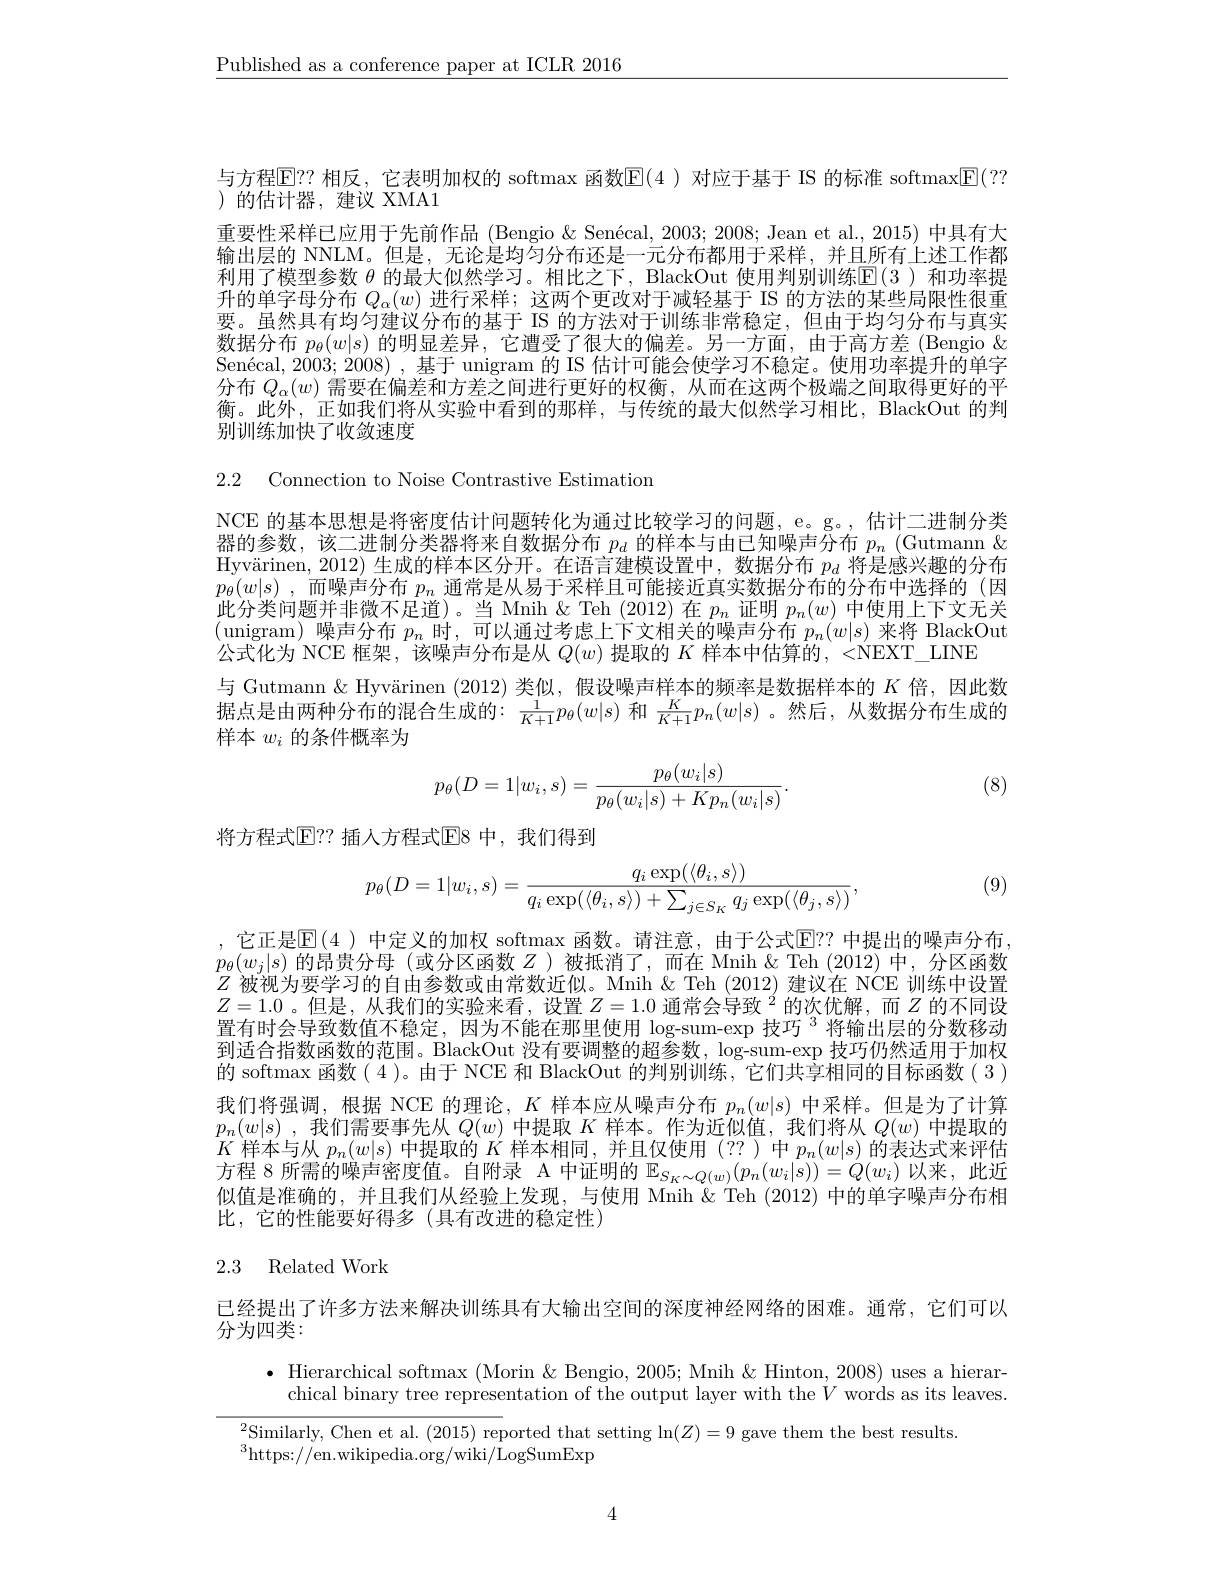
$\underline{\text{Published as a conference paper at ICLR 2016}}$

与方程$\overline{\mathrm{E}}$P? 相反，它表明加权的 softmax 函数$\underline{\mathrm{E}}(4$ )对应于基于 IS 的标准 softmax$\underline{\mathrm{E}}(??$
)的估计器，建议 XMA1
重要性采样已应用于先前作品 (Bengio & Senécal, 2003; 2008; Jean et al., 2015) 中具有大输出层的 NNLM。但是，无论是均匀分布还是一元分布都用于采样，并且所有上述工作都利用了模型参数$\theta$的最大似然学习。相比之下，BlackOut 使用判别训练$\mathbb{E}(3)$和功率提升的单字母分布$Q_\alpha(w)$进行采样；这两个更改对于减轻基于 IS 的方法的某些局限性很重要。虽然具有均匀建议分布的基于 IS 的方法对于训练非常稳定，但由于均匀分布与真实数据分布$p_\theta(w|s)$的明显差异，它遭受了很大的偏差。另一方面，由于高方差 (Bengio & Senécal, 2003;2008) , 基于 unigram 的 IS 估计可能会使学习不稳定。使用功率提升的单字分布$Q_\alpha(w)\bar{\text{需要在偏差和方差之间进行更好的权衡，从而在这两个极端之间取得更好的平}}$ 衡。此外，正如我们将从实验中看到的那样，与传统的最大似然学习相比，BlackOut 的判别训练加快了收敛速度

2.2 Connection to Noise Contrastive Estimation

NCE 的基本思想是将密度估计问题转化为通过比较学习的问题，e。g。, 估计二进制分类器的参数，该二进制分类器将来自数据分布$p_d$的样本与由已知噪声分布$p_n$ (Gutmann & Hyvärinen, 2012) 生成的样本区分开。在语言建模设置中，数据分布$p_d$将是感兴趣的分布$p_\theta(w|s)$ ,而噪声分布$p_n$通常是从易于采样且可能接近真实数据分布的分布中选择的(因为193年19月20年19月19日本的此分类问题并非微不足道)。当 Mnih $\&$ Teh (2012)在$p_n$证明$p_n(w)$中使用上下文无关(unigram)噪声分布$p_n$时，可以通过考虑上下文相关的噪声分布$p_n(w|s)$来将 BlackOut 公式化为 NCE 框架，该噪声分布是从$Q(w)$提取的$K$样本中估算的，<NEXT\_LINE
与 Gutmann & Hyvärinen (2012)类似，假设噪声样本的频率是数据样本的$K$倍，因此数据点是由两种分布的混合生成的：$\frac1{K+1}p_\theta(w|s)$和$\frac K{K+1}p_n(w|s)$ 。然后，从数据分布生成的样本$w_i$的条件概率为

(8)
$$p_\theta(D=1|w_i,s)=\frac{p_\theta(w_i|s)}{p_\theta(w_i|s)+Kp_n(w_i|s)}.$$
将方程式$\mathbb{E}$? 插人方程式$\mathbb{E}$8 中，我们得到

(9)
$$p_\theta(D=1|w_i,s)=\frac{q_i\exp(\langle\theta_i,s\rangle)}{q_i\exp(\langle\theta_i,s\rangle)+\sum_{j\in S_K}q_j\exp(\langle\theta_j,s\rangle)},$$
,它正是$\mathbb{E}(4)$ 中定义的加权 softmax 函数。请注意，由于公式$\overline{\mathrm{E}}??$ 中提出的噪声分布， $p_\theta(w_j|s)$的昂贵分母 (或分区函数$Z$ )被抵消了，而在 Mnih & Teh (2012)中，分区函数$Z$被视为要学习的自由参数或由常数近似。Mnih & Teh (2012) 建议在 NCE 训练中设置$Z=1.0$ 。但是 ,从我们的实验来看，设置$Z=1.0\text{ 通常会导致 }^2$的次优解，而$Z$的不同设置有时会导致数值不稳定，因为不能在那里使用 log-sum-exp 技巧$^{3}$将输出层的分数移动到适合指数函数的范围。BlackOut 没有要调整的超参数，$\log$-sum-exp 技巧仍然适用于加权的 softmax 函数(4)。由于 NCE 和 BlackOut 的判别训练，它们共享相同的目标函数(3) 我们将强调，根据 NCE 的理论，$K$样本应从噪声分布$p_n(w|s)$中采样。但是为了计算$p_n(w|s)$ ,我们需要事先从$Q(w)$中提取$K$样本。作为近似值，我们将从$Q(w)$中提取的$K$样本与从$p_n(w|s)$中提取的$K$样本相同，并且仅使用(??)中$p_n(w|s)$的表达式来评估方程 8 所需的噪声密度值。自附录 A 中证明的$\mathbb{E}_S_K\sim Q(w)(p_n(w_i|s))=Q(w_i)$以来，此近似值是准确的，并且我们从经验上发现，与使用 Mnih & Teh (2012) 中的单字噪声分布相比，它的性能要好得多(具有改进的稳定性)

# 2.3 Related Work

已经提出了许多方法来解决训练具有大输出空间的深度神经网络的困难。通常，它们可以
分为四类：

$\bullet$ Hierarchical softmax (Morin &Bengio, 2005; Mnih& Hinton, 2008) uses a hierar-
chical binary tree representation of the output layer with the $V$ words as its leaves.
$\sum_{n=1}^{2}$Similarly, Chen et al. (2015) reported that setting $\ln(Z)=9$ gave them the best results.
$^{3}$https://en.wikipedia.org/wiki/LogSumExp

4